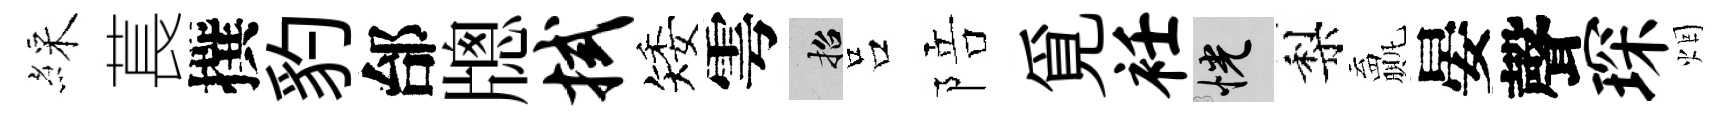
綵萇撰豹邰牕拭矮雩招吕陪覓衽恍梨贏晏聲琛烟